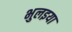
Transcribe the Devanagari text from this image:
भुलइया